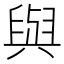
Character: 與